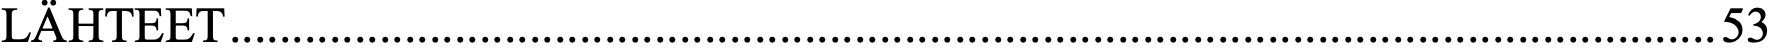
LÄHTEET ....................................................................................................................... 53